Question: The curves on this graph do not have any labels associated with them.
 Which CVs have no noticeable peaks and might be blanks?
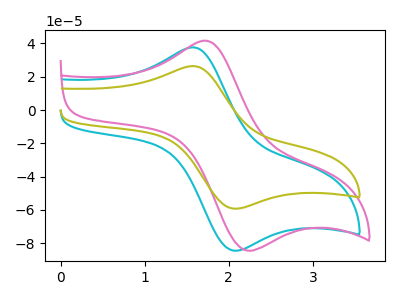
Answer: <think>The cyan curve "cyan" has an anodic peak at (1.60V, 37.65uA) and a cathodic peak at (2.10V, -84.60uA). The pink curve "pink" has an anodic peak at (1.70V, 41.70uA) and a cathodic peak at (2.20V, -84.05uA). The olive curve "olive" has an anodic peak at (1.60V, 26.40uA) and a cathodic peak at (2.10V, -59.30uA).</think>
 <answer>There are not any CV's on this graph that are likely to be blanks.</answer>
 <eval>none</eval>